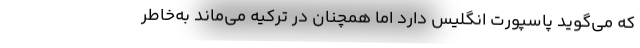
که می‌گوید پاسپورت انگلیس دارد اما همچنان در ترکیه می‌ماند به‌خاطر